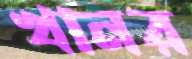
খানর